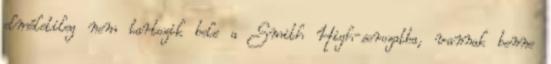
elméletileg nem tartozik bele a Smith High-sorozatba, vannak benne